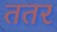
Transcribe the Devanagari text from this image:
ततर